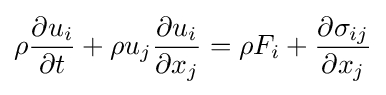
\rho {\frac {\partial u_{i}}{\partial t}}+\rho u_{j}{\frac {\partial u_{i}}{\partial x_{j}}}=\rho F_{i}+{\frac {\partial \sigma _{ij}}{\partial x_{j}}}